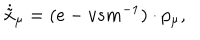
\dot { \tilde { x } } _ { \mu } = ( e - v s m ^ { - 1 } ) \cdot p _ { \mu } ,